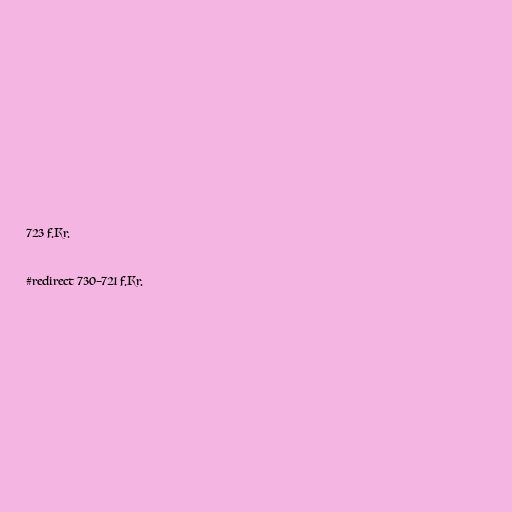
723 f.Kr.

#redirect 730–721 f.Kr.